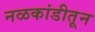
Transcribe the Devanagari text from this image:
नळकांडीतून